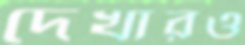
দেখারও